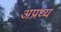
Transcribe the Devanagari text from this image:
अप्रध्य